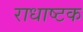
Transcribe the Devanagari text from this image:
राधाष्टक